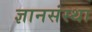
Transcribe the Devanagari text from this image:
ज्ञानसंस्था